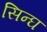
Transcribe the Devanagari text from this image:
सिन्घ